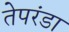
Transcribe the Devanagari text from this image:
तेपरंडा